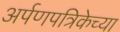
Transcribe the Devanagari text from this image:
अर्पणपत्रिकेच्या